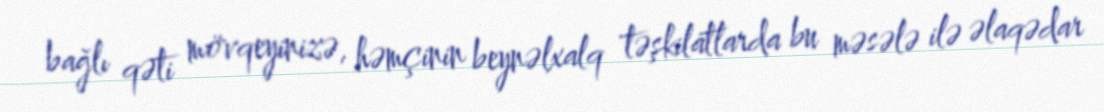
bağlı qəti mövqeyinizə, həmçinin beynəlxalq təşkilatlarda bu məsələ ilə əlaqədar